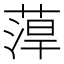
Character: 𱾈